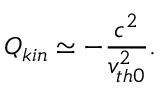
Q _ { k i n } \simeq - \frac { c ^ { 2 } } { v _ { t h 0 } ^ { 2 } } .